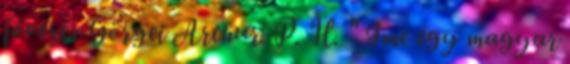
fővezér Görgei Arthur. P. H. " Ime egy magyar